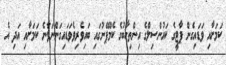
ކަމަށާއި ވަޑައިގެން ޕާޓީގެ ކައުންސިލްގެ އިންތިހާބުގެ ކެމްޕޭނުގައި ބައިވެރިވެވަޑައިގަންނަވާނެ ކަމަށާއި އަދި އެ